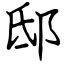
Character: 邸